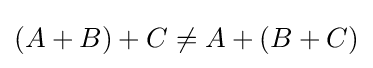
(A+B)+C\neq A+(B+C)